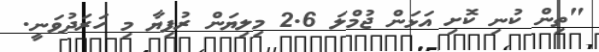
"ތިން ކުނި ކޮށި އަޅަން ޖުމްލަ 2.6 މިލިޔަން ރުފިޔާ މި ހަރަދުވަނީ.